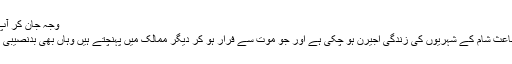
وجہ جان کر آپ بھی افسردہ ہوجائیں گے
سالہا سال کی جنگ کے باعث شام کے شہریوں کی زندگی اجیرن ہو چکی ہے اور جو موت سے فرار ہو کر دیگر ممالک میں پہنچتے ہیں وہاں بھی بدنصیبی ان کا پیچھا نہیں چھوڑتی۔